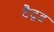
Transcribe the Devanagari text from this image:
टैटूड